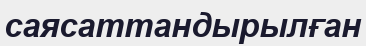
саясаттандырылған